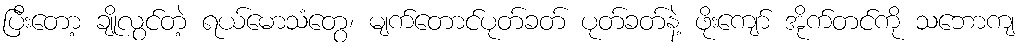
ပြီးတော့ ချိုလွင်တဲ့ ရယ်မောသံတွေ၊ မျက်တောင်ပုတ်ခတ် ပုတ်ခတ်နဲ့ ဖိုးကျော် အိုက်တင်ကို သဘောကျ